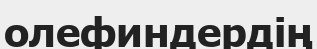
олефиндердің